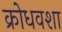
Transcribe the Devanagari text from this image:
क्रोधवशा